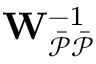
\mathbf { W } _ { \mathcal { \Bar { P } \Bar { P } } } ^ { - 1 }